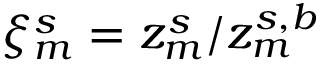
\xi _ { m } ^ { s } = z _ { m } ^ { s } / z _ { m } ^ { s , b }